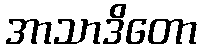
အာသာဒိတော